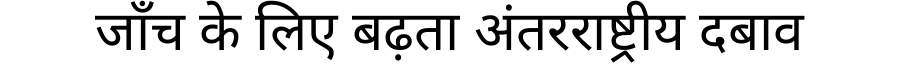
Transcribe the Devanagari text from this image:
जाँच के लिए बढ़ता अंतरराष्ट्रीय दबाव